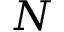
N